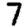
Digit: 7